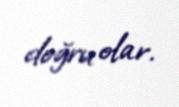
doğru olar.